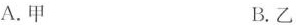
A.甲 B.乙